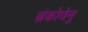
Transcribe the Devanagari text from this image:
ब्रंकोवेनु